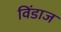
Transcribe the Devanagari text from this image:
विंडाज